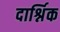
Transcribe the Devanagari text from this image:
दार्श्निक